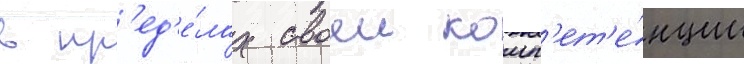
в пр'ед'е́лах своеи комп'ет'е́нции